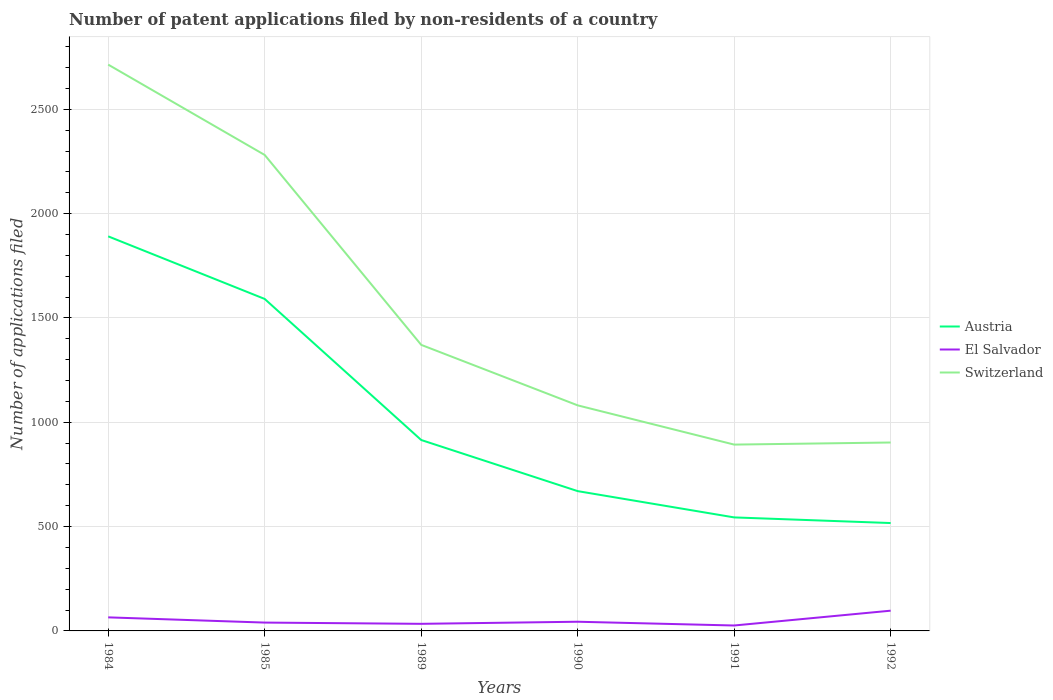
| Years | Austria | El Salvador | Switzerland |
 | --- | --- | --- | --- |
 | 1984 | 1.89e+03 | 65 | 2.71e+03 |
 | 1985 | 1.59e+03 | 40 | 2.28e+03 |
 | 1989 | 915 | 34 | 1.37e+03 |
 | 1990 | 670 | 44 | 1.08e+03 |
 | 1991 | 544 | 26 | 893 |
 | 1992 | 517 | 97 | 903 |